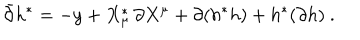
\bar { \partial } h ^ { * } = - y + X _ { \mu } ^ { * } \, \partial X ^ { \mu } + \partial ( h ^ { * } h ) + h ^ { * } ( \partial h ) \ .